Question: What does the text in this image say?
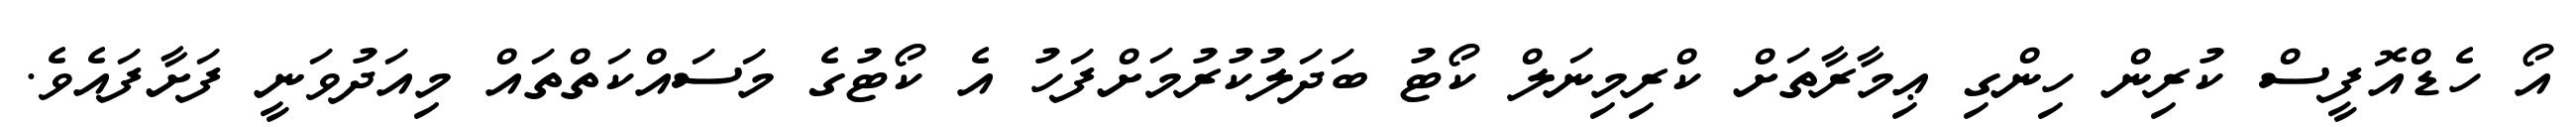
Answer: އޯ ހެޑްއޮފީސް ކުރިން ހިންގި ޢިމާރާތަށް ކްރިމިނަލް ކޯޓު ބަދަލުކުރުމަށްފަހު އެ ކޯޓުގެ މަސައްކަތްތައް މިއަދުވަނީ ފަށާފައެވެ.